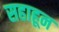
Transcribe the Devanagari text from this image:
सहाहून